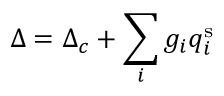
\Delta = \Delta _ { c } + \sum _ { i } g _ { i } q _ { i } ^ { \mathrm { s } }